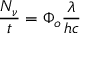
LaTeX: { \frac { N _ { \nu } } { t } } = \Phi _ { o } { \frac { \lambda } { h c } }